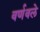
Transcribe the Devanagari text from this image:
वर्णवले